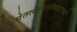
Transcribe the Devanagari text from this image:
घेतलेल्यास्त्रियामध्ये